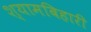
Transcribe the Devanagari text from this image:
श्यामबिहारी